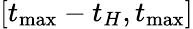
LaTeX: [t_{\operatorname*{max}}-t_{H},t_{\operatorname*{max}}]